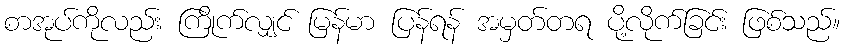
စာအုပ်ကိုလည်း ကြိုက်လျှင် မြန်မာ ပြန်ရန် အမှတ်တရ ပို့လိုက်ခြင်း ဖြစ်သည်။